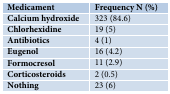
| Medicament | Frequency N (%) |
 | --- | --- |
 | Calcium hydroxide | 323 (84.6) |
 | Chlorhexidine | 19 (5) |
 | Antibiotics | 4 (1) |
 | Eugenol | 16 (4.2) |
 | Formocresol | 11 (2.9) |
 | Corticosteroids | 2 (0.5) |
 | Nothing | 23 (6) |